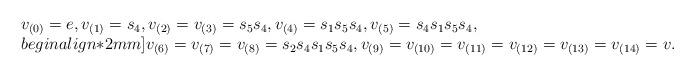
LaTeX: \begin{align*}\begin{array}{l}v_{(0)} = e,v_{(1)}= s_4,v_{(2)}= v_{(3)}=s_5s_4,v_{(4)}= s_1s_5s_4,v_{(5)}= s_4s_1s_5s_4,\\begin{align*}2mm]v_{(6)}= v_{(7)}=v_{(8)}=s_2s_4s_1s_5s_4,v_{(9)}= v_{(10)}=v_{(11)}=v_{(12)}=v_{(13)}=v_{(14)}=v.\end{array}\end{align*}